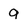
Character: 9